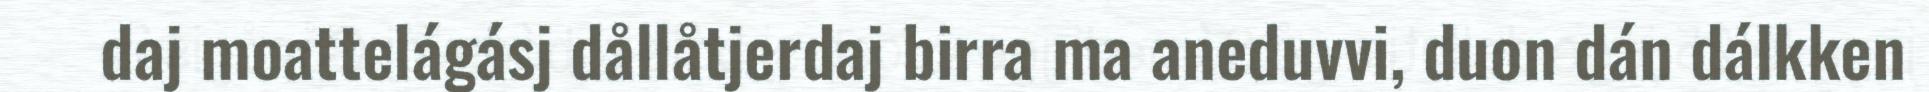
daj moattelágásj dållåtjerdaj birra ma aneduvvi, duon dán dálkken